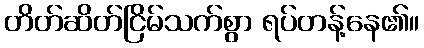
တိတ်ဆိတ်ငြိမ်သက်စွာ ရပ်တန့်နေ၏။